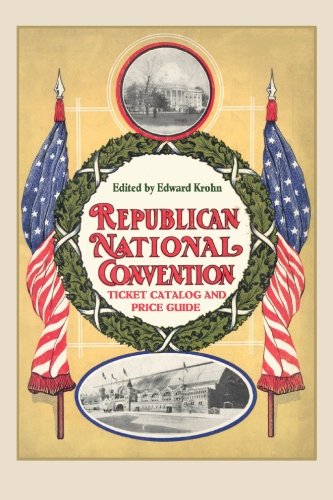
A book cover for Republican National Convention Ticket Catalogue and Price Guide; Crafts, Hobbies & Home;